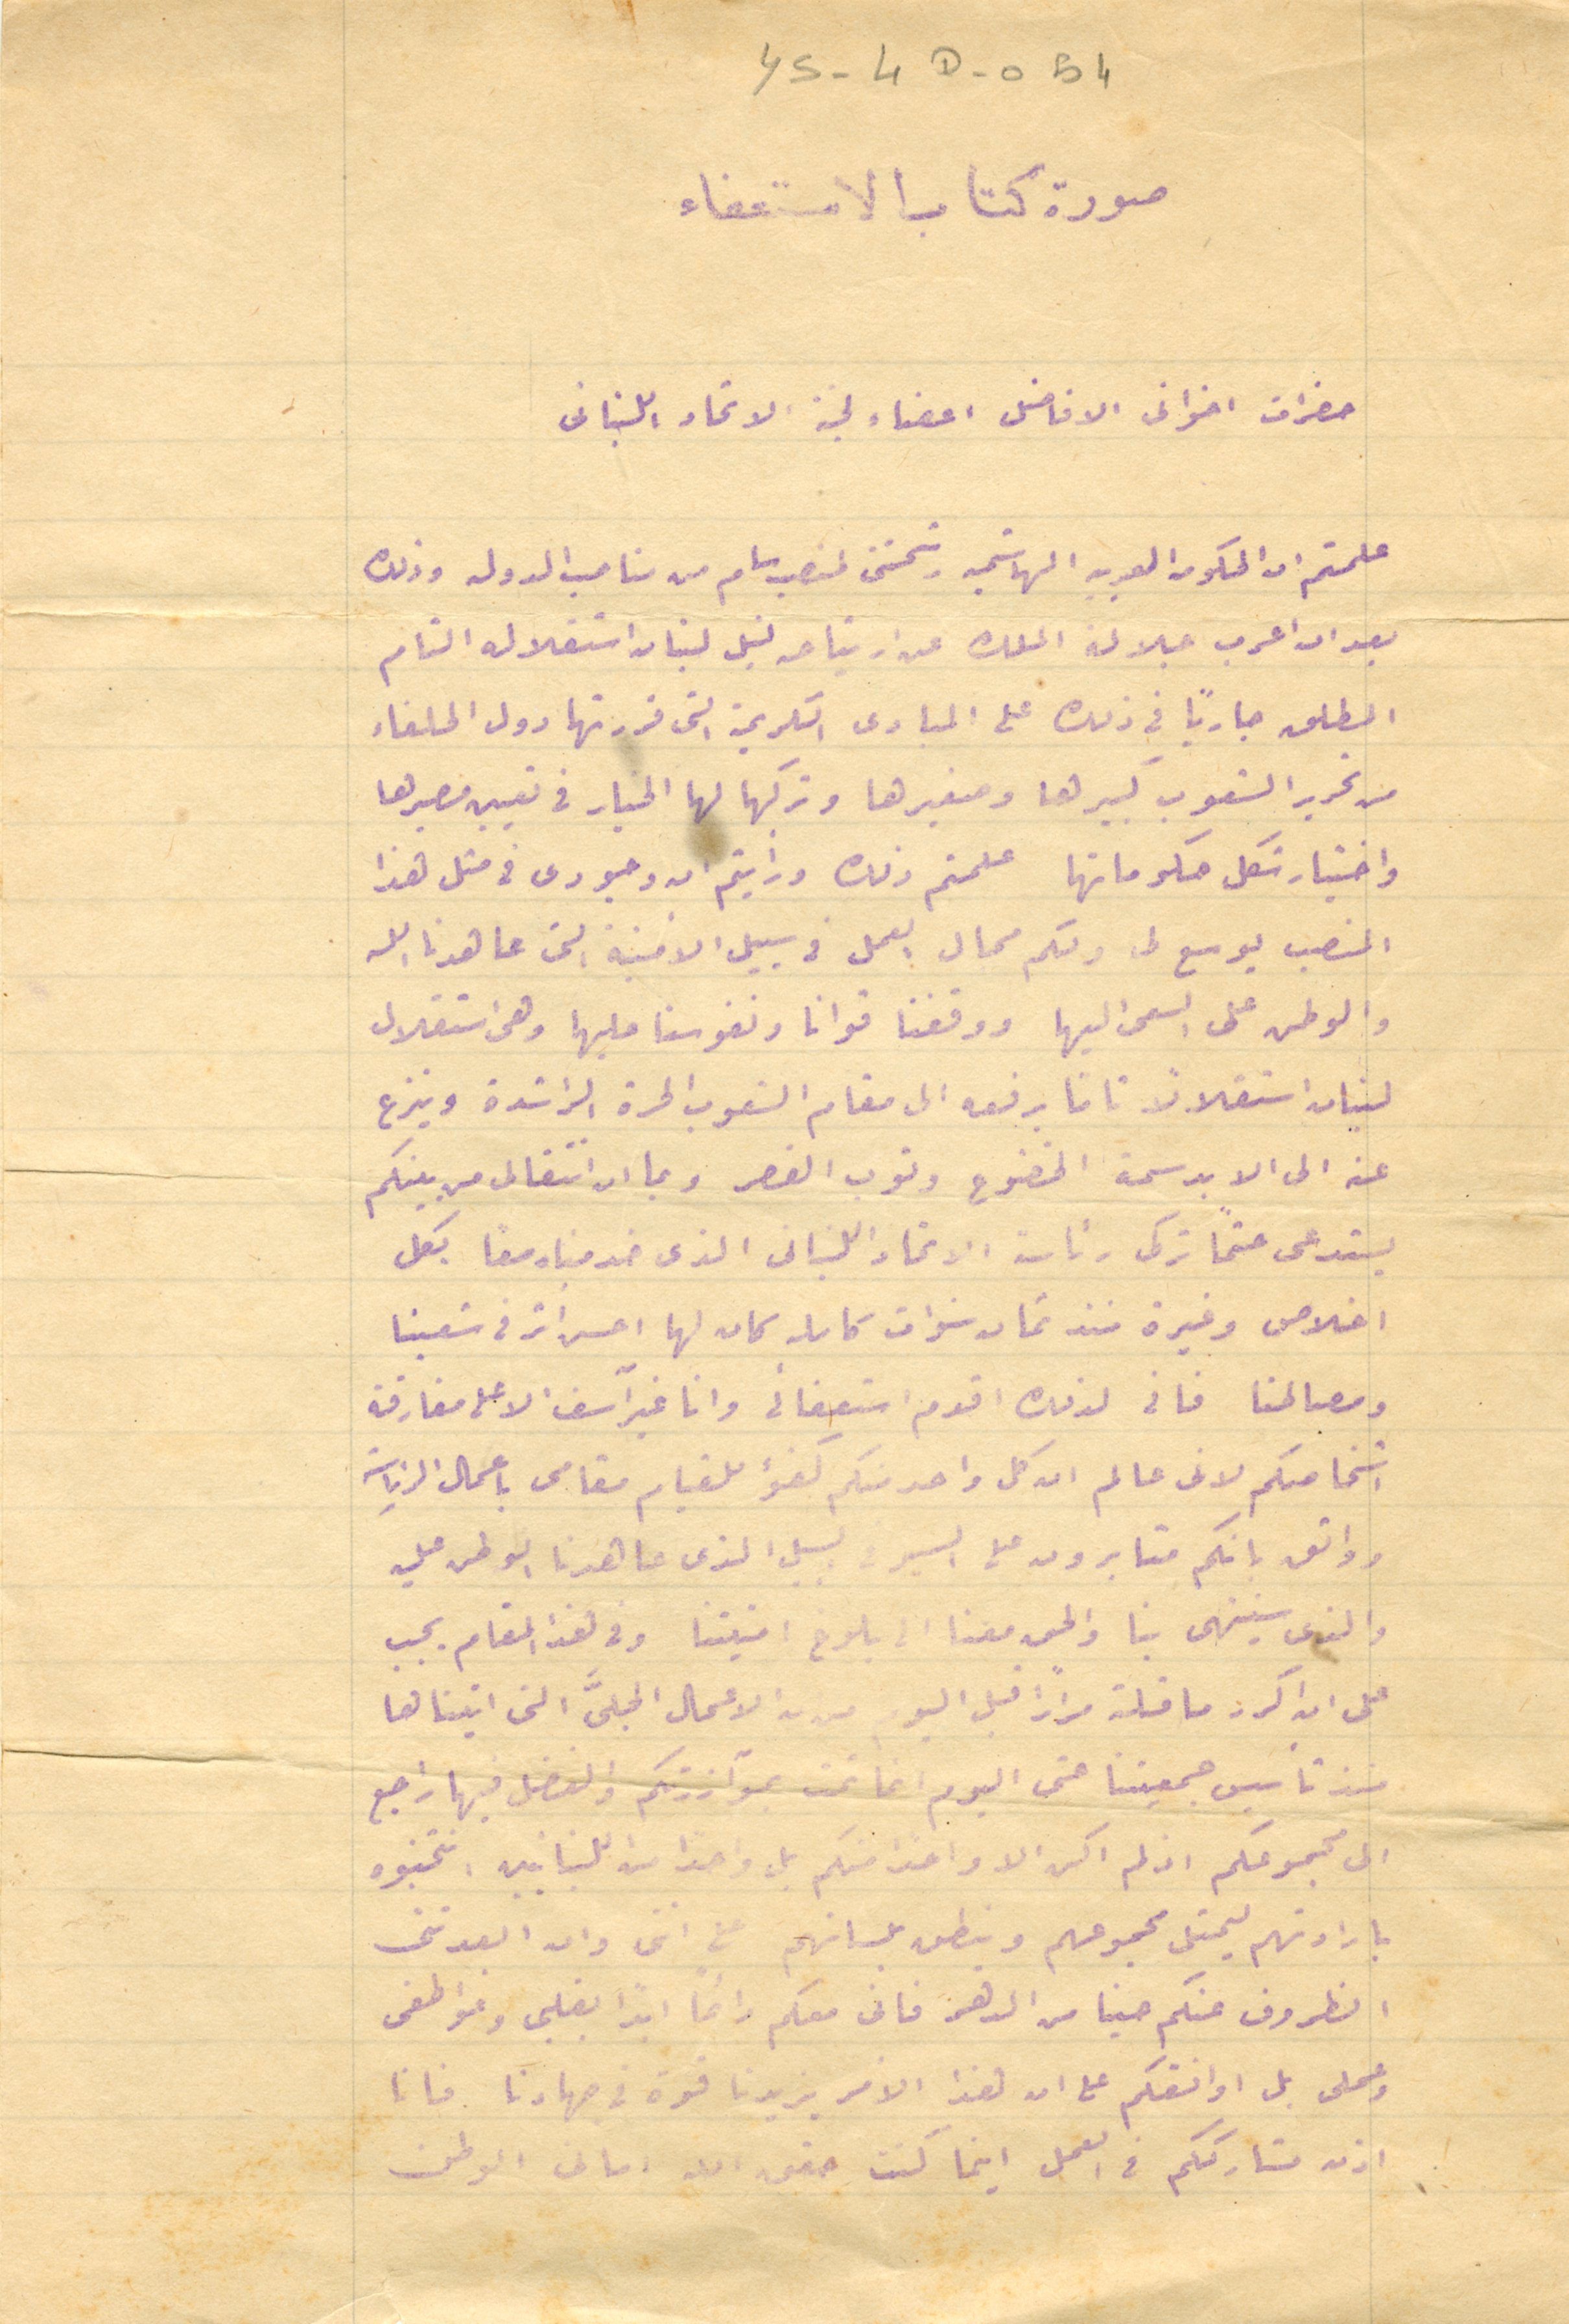
YS - 4D- 054
صورة كتاب الاستعفاء
حضرات اخوانى الافاضل اعضاء لجنة الاتحاد اللبنانى
علمتم ان الحكومة العربية الهاشمية رشحتنى لمنصب من مناصب الدوله وذلك
بعد ان اعرب جلالة الملك عن ارتياحه لنيل لبنان استقلاله التام
المطلق جاريًا في ذلك على المبادى الكريمة التى قررتها دول الحلفاء
من تحرير الشعوب كبيرها وصغيرها وتركها لها الخيار في تعيين مصيرها
واختيار شكل حكوماتها علمتم ذلك ورأيتم ان وجودى فى مثل هذا
المنصب يوسع لى ولكم مجال العمل وسبيل الامنية التي عاهدنا الله
والوطن على السعى اليها ووقفنا قوانا ونفوسنا عليها وهى استقلال
لبنان استقلالاً تامًا برفعه الى مقام الشعوب الحرة الراشدة وينزع
عنه الى الابد سمة الخضوع وتوب القصر وبما ان انتقالى من بينكم
يستدعى حتمًا تركى رئاسة الاتحاد اللبنانى الذى خدمناه معًا بكل
اخلاص وغيرة منذ ثمان سنوات كامله كان لها احسن أثر فى شعبنا
ومصالحنا فانى لذلك اقدم استعفائى وانا غير آسف الا على مفارقة
اشخاصكم لانى عالم ان كل واحد منكم كفؤ للقيام مقامى باعمال الرياسة
وواثق بانكم مثابرون على السير في السبيل الذى عاهدنا الوطن عليه
والذى سينتهى بنا والحق معنا الى بلوغ امنيتنا وفى هذا المقام يجب
على ان اكرر ما قلته مرارًا قبل اليوم من بدا الاعمال الجلىَّ التى اتيناها
منذ تأسيس جمعيتنا حتى اليوم انما تمت بموآزرتكم والفضل فيها راجع
الى مجموعكم اذ لم اكن الا واحدًا منكم بل واحدًا من اللبنانيين، انتخبوه
بارادتهم ليمثل مجموعهم وينطق بلسانهم مع انني وان ابعدتنى
الظروف عنكم حينا من الدهر فانى معكم دائمًا ابدًا بقلبي وعواطفى
وعملى بل اوافقكم على ان هذا الامر يزيدنا قوة فى جهادنا فانا
اذن مشارككم في العمل اينما كنت حقق الله امانى الوطن